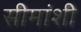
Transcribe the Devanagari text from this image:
सीमांशी